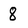
Character: 8